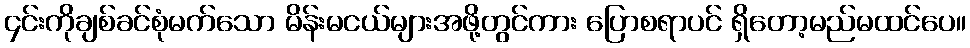
၄င်းကိုချစ်ခင်စုံမက်သော မိန်းမငယ်များအဖို့တွင်ကား ပြောစရာပင် ရှိတော့မည်မထင်ပေ။